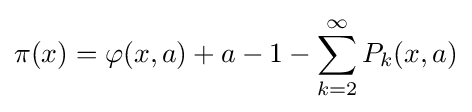
\pi (x)=\varphi (x,a)+a-1-\sum _{k=2}^{\infty }P_{k}(x,a)